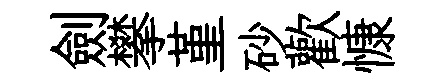
劍攀堇砂歡慷